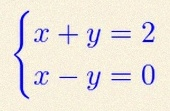
\begin{cases}x+y=2\\x-y=0\end{cases}